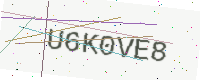
Text: U6K0VE8